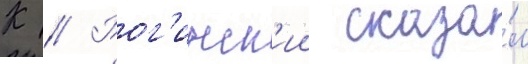
К // Рог'инск'ии сказа́л